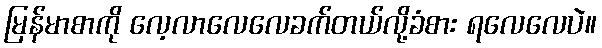
မြန်မာစာကို လေ့လာလေလေခက်တယ်လို့ခံစား ရလေလေပဲ။